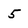
Character: 5